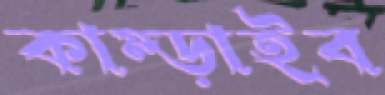
কাম্‌ড়াইব